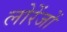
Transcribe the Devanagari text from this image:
लोरेंजों